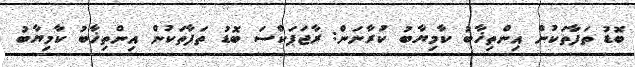
ބޮޑު ތަފާތަކުން އިންތިޚާބު ކާމިޔާބު ކުރާނަން: ރާޖަޕަކްސަ ބޮޑު ތަފާތަކުން އިންތިޚާބު ކާމިޔާބު